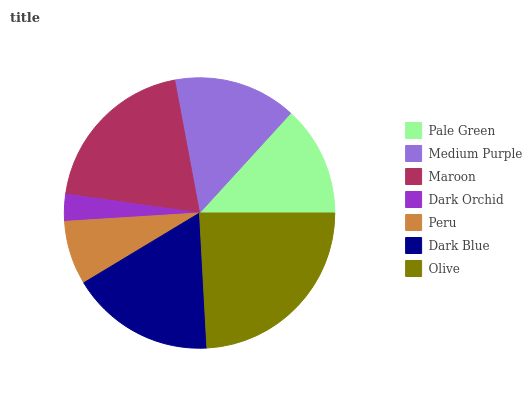
| Pale Green | Medium Purple | Maroon | Dark Orchid | Peru | Dark Blue | Olive |
 | --- | --- | --- | --- | --- | --- | --- |
 | 13.2% | 14.7% | 19.9% | 3.23% | 7.63% | 17.2% | 24.2% |